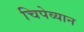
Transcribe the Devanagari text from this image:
चिपेव्यान